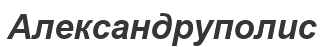
Александруполис